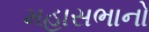
મહાસભાનો